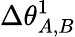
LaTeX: \Delta\theta_{A,B}^{1}